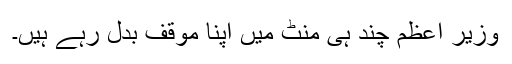
وزیر اعظم چند ہی منٹ میں اپنا موقف بدل رہے ہیں۔